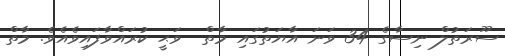
ސޫރަތުލް ނިސާގެ 34 ވަނަ އާޔަތުގައި މާތް  ވަޙީ ކުރައްވާފައިވެއެވެ. މާތް